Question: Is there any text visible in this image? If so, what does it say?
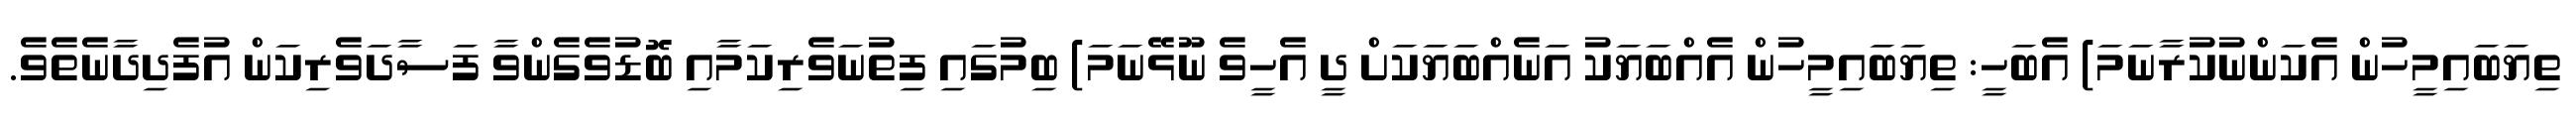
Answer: ތިޔަބައިމީހުން އެކަންނުކުރާނަމަ) އެބަހީ: ތިޔަބައިމީހުން އެއްބަޔަކު އަނެއްބަޔަކަށް ދީ އެހީވެ ނޫޅޭނަމަ) ބިމުގައި ފިތުނަވެރިކަމާއި ބޮޑުވެގެންވާ ފަސާދަވެރިކަން އުފެދިދާނެތެވެ.